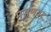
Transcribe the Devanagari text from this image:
मसणवट